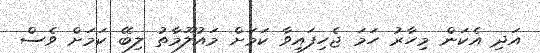
އަދި އެކަން މިހާރު ހަމަ ޖެހިފައިވާ ކަމަށް މައުލޫމާތު ލިބޭ ކަމަށް ވެސް